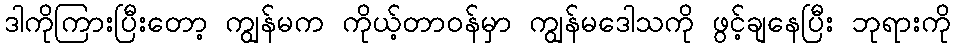
ဒါကိုကြားပြီးတော့ ကျွန်မက ကိုယ့်တာဝန်မှာ ကျွန်မဒေါသကို ဖွင့်ချနေပြီး ဘုရားကို